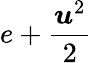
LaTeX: e+\frac{\boldsymbol{u}^{2}}{2}